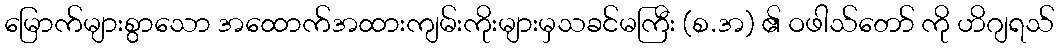
မြောက်များစွာသော အထောက်အထားကျမ်းကိုးများမှသခင်မကြီး (စ.အ) ၏ ဝဖါသ်တော် ကို ဟိဂျရသ်